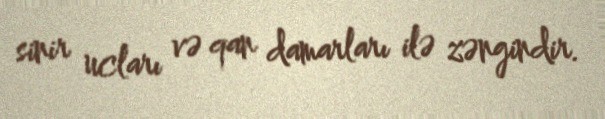
sinir ucları və qan damarları ilə zəngindir.